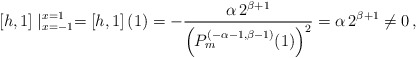
\begin{align*}\left[h, 1\right]\mid_{x=-1}^{x=1}=\left[h,1\right](1)=-\dfrac{\alpha\, 2^{\beta+1}}{\left(P_{m}^{(-\alpha-1,\beta-1)}(1)\right)^2} = \alpha \,2^{\beta+1}\neq 0\,,\end{align*}